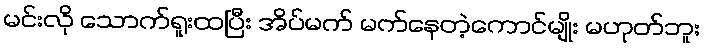
မင်းလို သောက်ရူးထပြီး အိပ်မက် မက်နေတဲ့ကောင်မျိုး မဟုတ်ဘူး